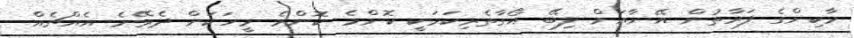
މާކިންގެ ފަރާތުން އޭނާއަށް ލިބޭ އޯގާތެރިކަމަކީ ކޮންމެ ކޮންމެ މީހަކަށް ދެވޭނެ އެއްޗެއް